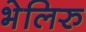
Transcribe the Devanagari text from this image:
भेलिरु